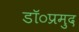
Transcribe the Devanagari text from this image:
डॉ०प्रमुद